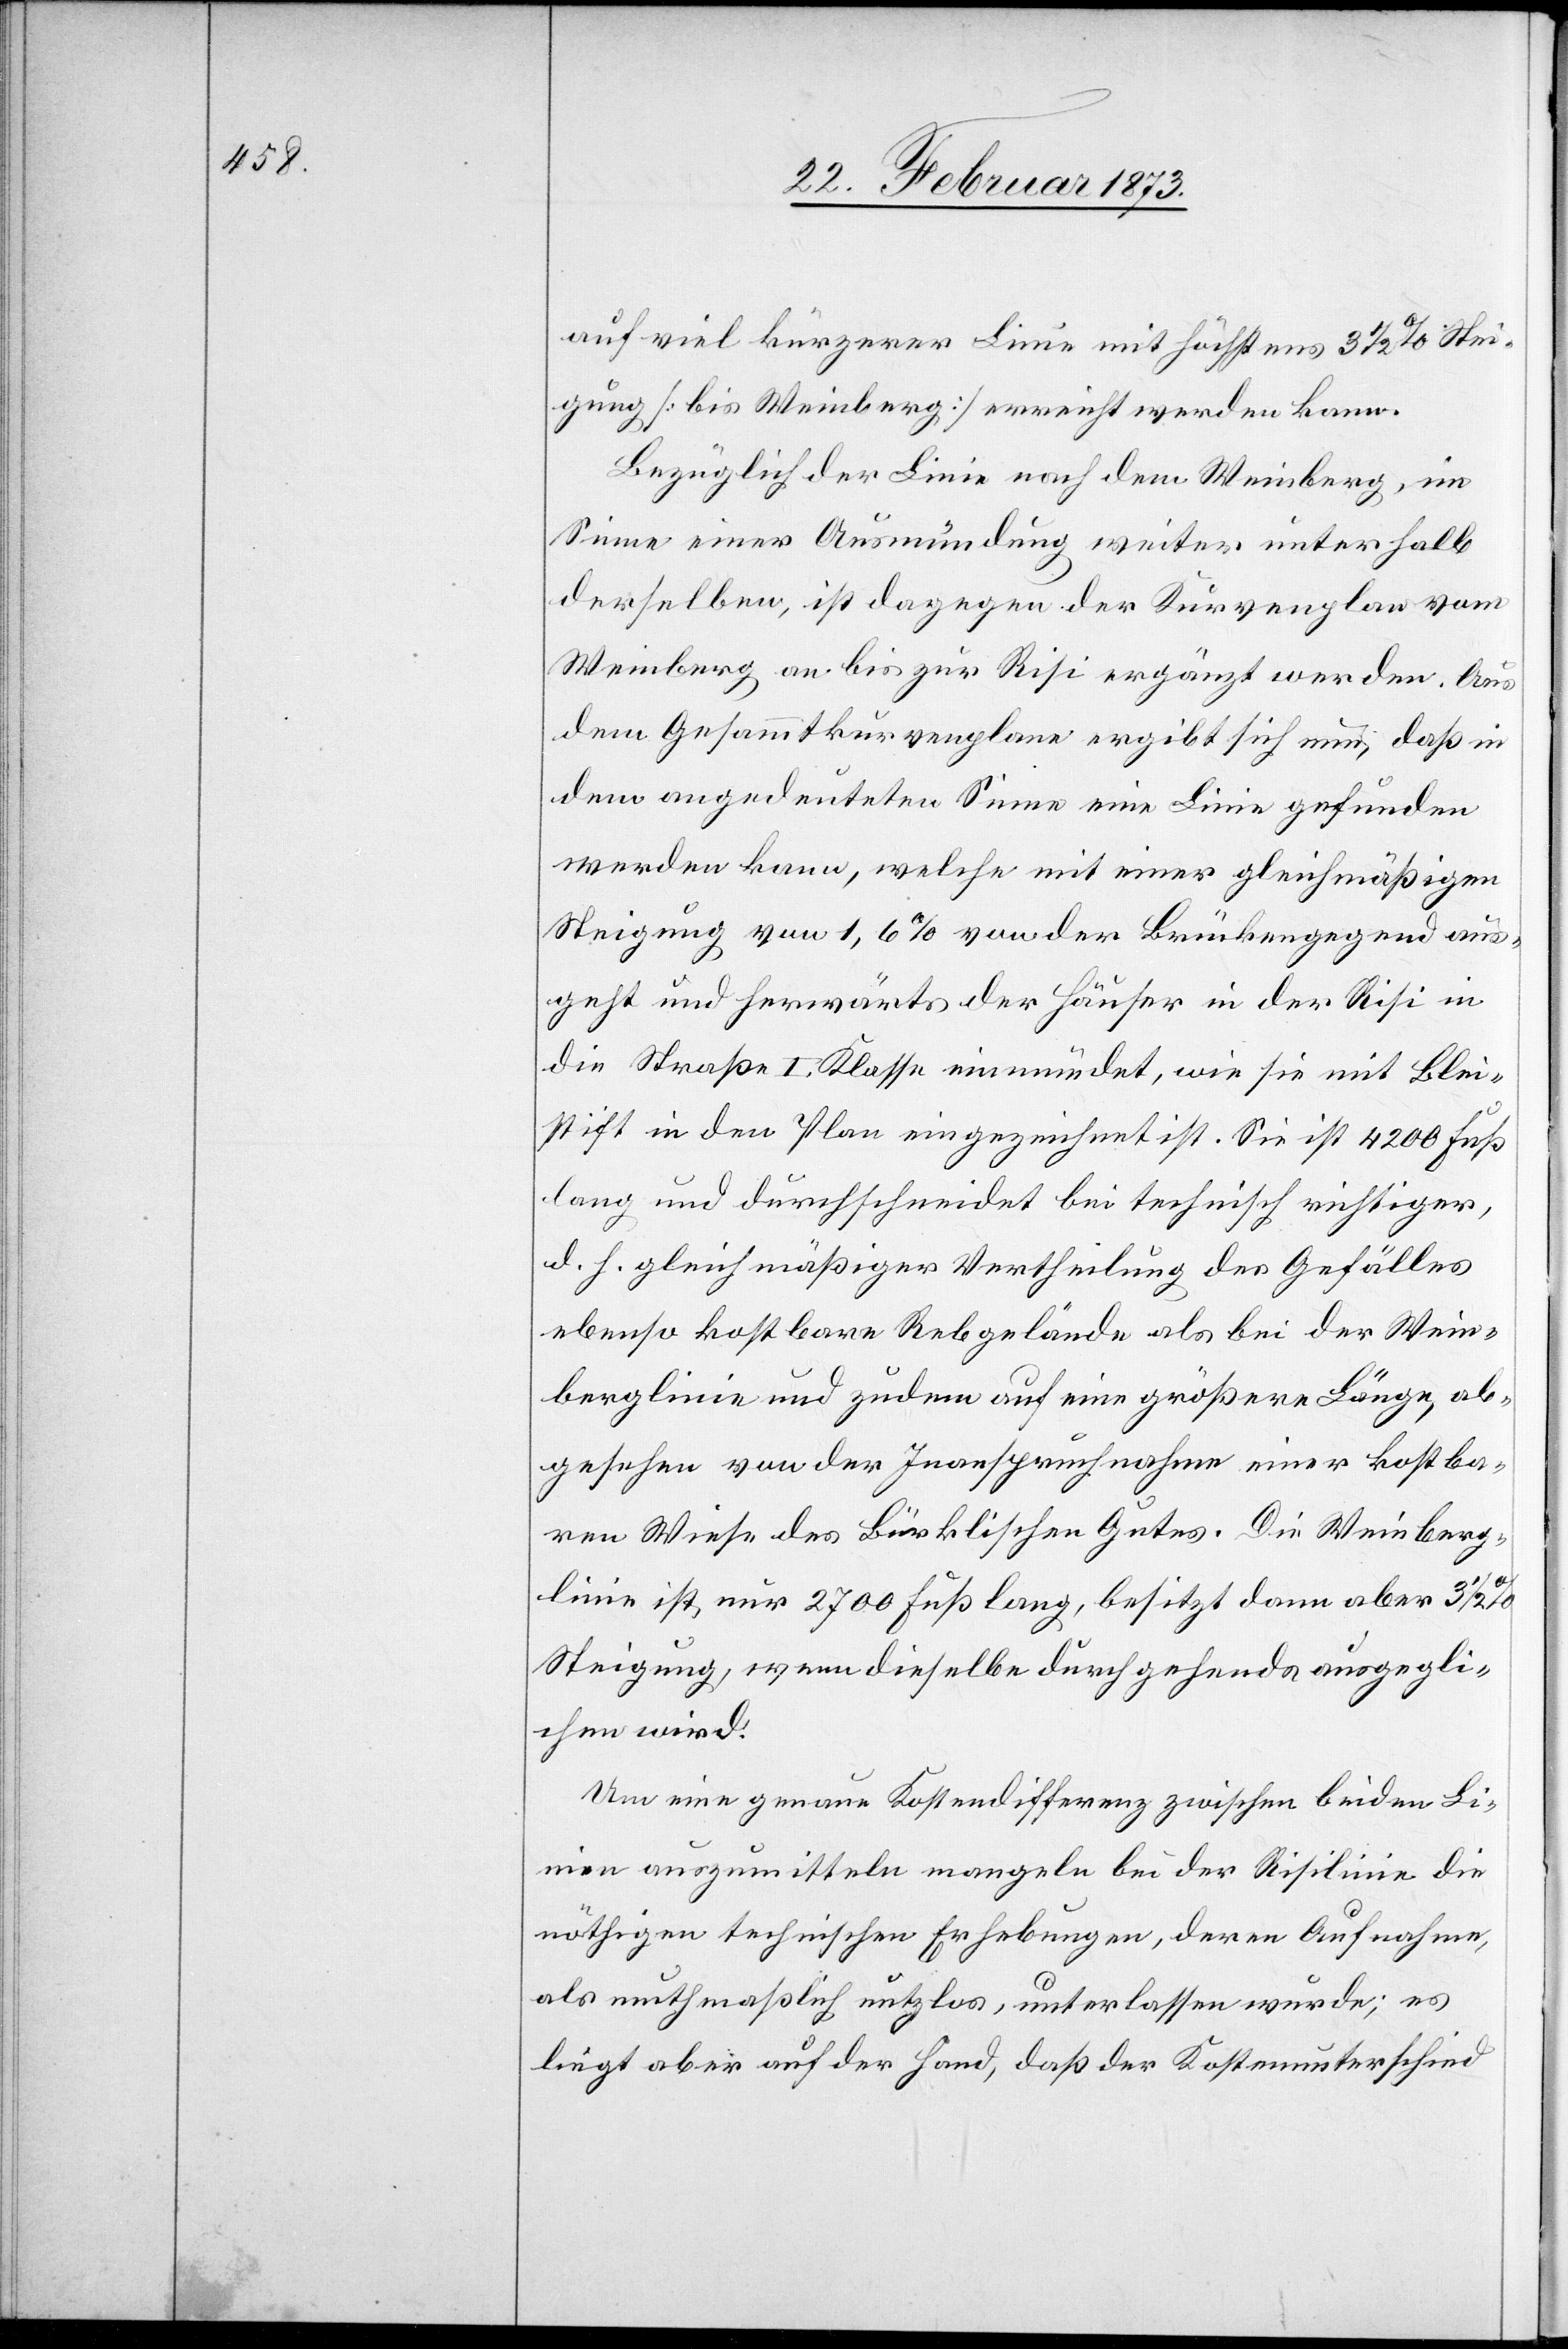
auf viel kürzerer Linie mit höchstens 3 1/2% Stei¬
gung [bis Weinberg] errichtet werden kann.
Bezüglich der Linie nach dem Weinberg, im
Sinne einer Ausmündung weiter unterhalb
derselben, ist dagegen der Kurvenplan vom
Weinberg an bis zu Risi ergänzt worden. Aus
dem Gesammtkurvenplane ergibt sich nun, daß in
dem angedeuteten Sinne eine Linie gefunden
werden kann, welche mit einer gleichmäßigen
Steigung von 1,6% von der Brückengegend aus¬
geht und herwärts der Häuser in der Risi in
die Straße I. Klasse einmündet, wie sie mit Blei¬
stift in den Plan eingezeichnet ist. Sie ist 4200 Fuß
lang und durchschneidet bei technisch richtiger,
d. h. gleichmäßiger Vertheilung des Gefälles
ebenso kostbare Rebgelände als bei der Wein¬
berglinie und zudem auf eine größere Länge, ab¬
gesehen von der Inanspruchnahme einer kostba¬
ren Wiese des Bürklischen Gutes. Die Weinberg¬
linie ist nur 2700 Fuß lang, besitzt dann aber 3
Steigung, wenn dieselbe durchgehends ausgegli¬
chen wird.
Um eine genaue Kostendifferenz zwischen beiden Li¬
nien auszumitteln mangele bei der Risilinie die
nöthigen technischen Erhebungen, deren Aufnahme,
als muthmaßlich nutzlos, unterlassen wurde; es
liegt aber auf der Hand, daß der Kostenunterschied